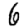
Digit: 6